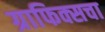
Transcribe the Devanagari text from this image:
ग्राफिक्सचा